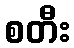
စတီး